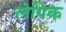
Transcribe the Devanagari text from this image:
लेपिक